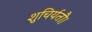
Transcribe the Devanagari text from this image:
शुचिर्यतौ।